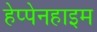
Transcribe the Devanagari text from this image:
हेप्पेनहाइम